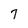
Character: 7